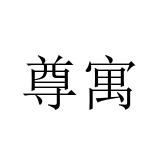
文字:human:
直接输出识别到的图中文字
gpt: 尊寓